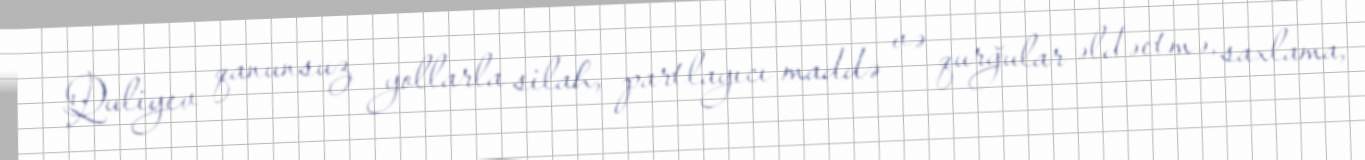
Quliyev qanunsuz yollarla silah, partlayıcı maddə və qurğular əldəetmə, saxlama,